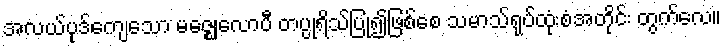
အလယ်ပုဒ်ကျေသော မဇ္ဈေလောပီ တပ္ပုရိသ်ပြု၍ဖြစ်စေ သမာသ်ရုပ်ထုံးစံအတိုင်း တွက်လေ။